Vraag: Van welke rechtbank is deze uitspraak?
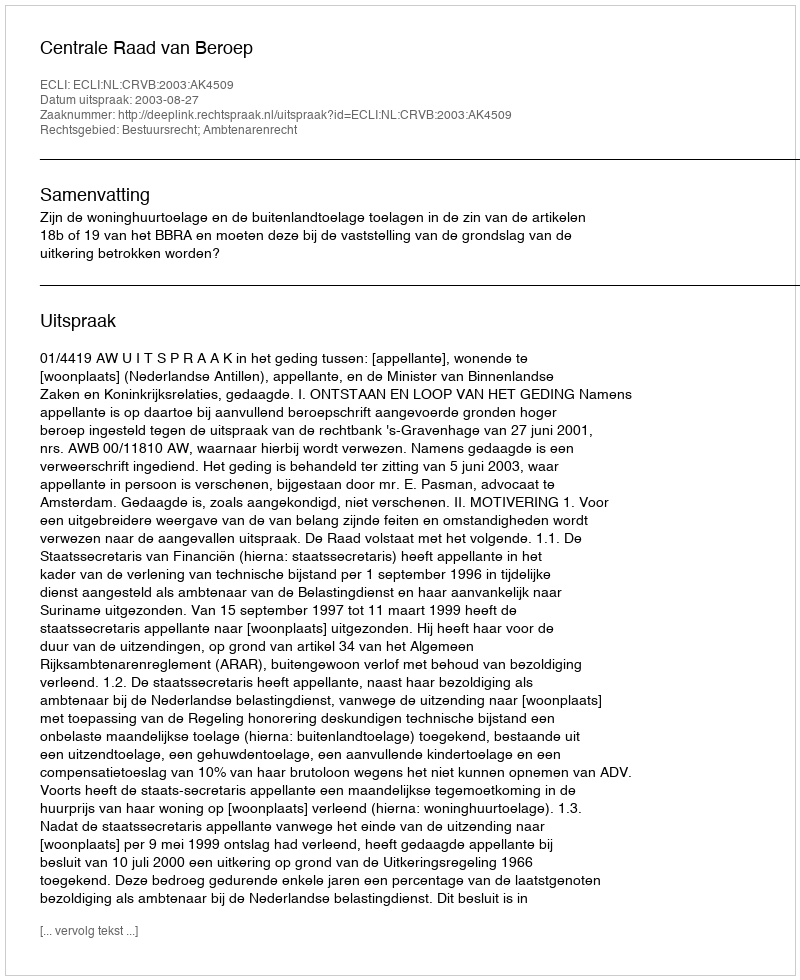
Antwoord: Centrale Raad van Beroep